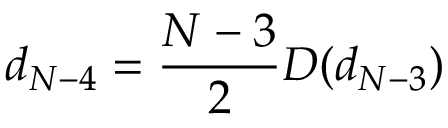
d _ { N - 4 } = \frac { N - 3 } { 2 } D ( d _ { N - 3 } )